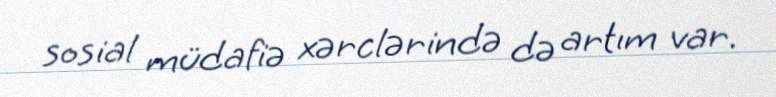
sosial müdafiə xərclərində də artım var.